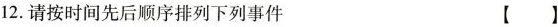
12.请按时间先后顺序排列下列事件【】